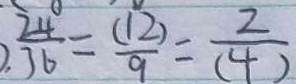
\frac { 2 4 } { 3 6 } = \frac { ( 1 2 ) } { 9 } = \frac { 2 } { ( 4 ) }